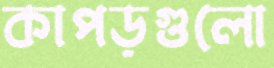
কাপড়গুলো